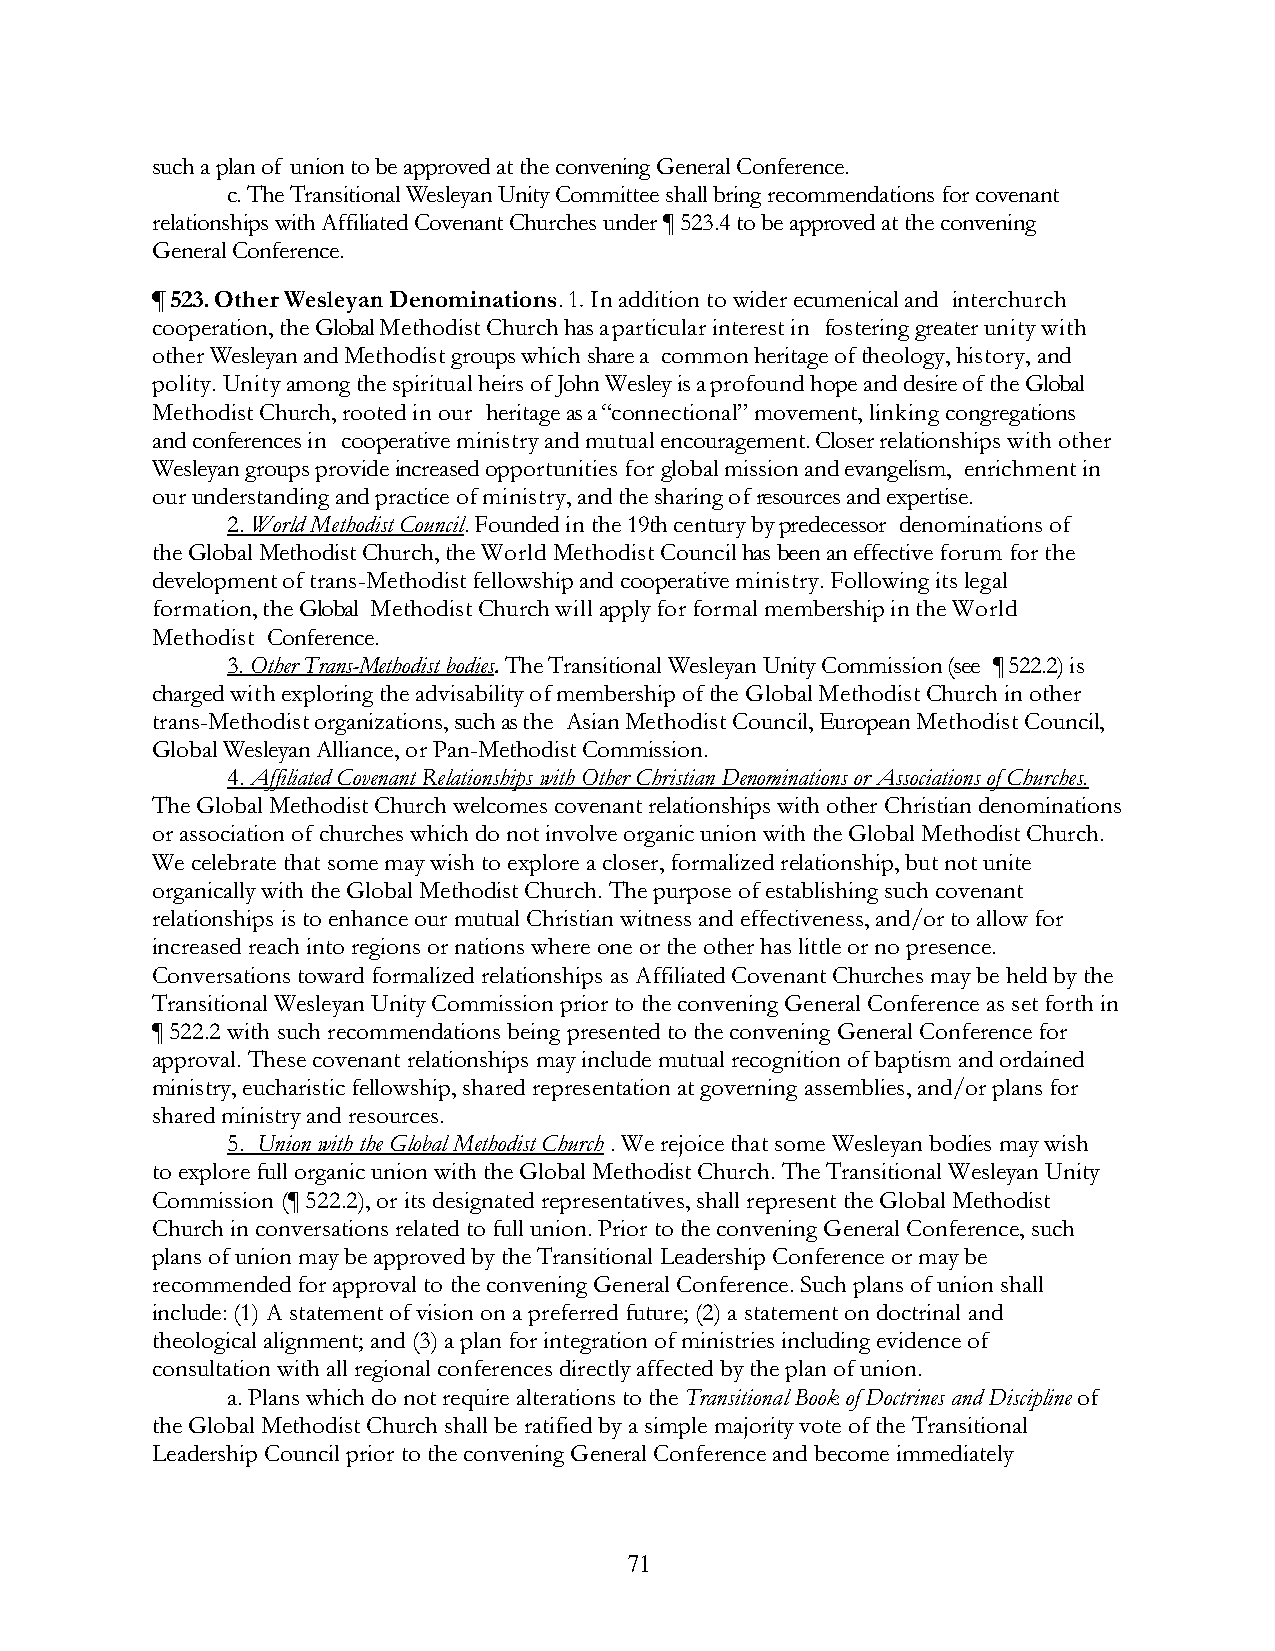
such a plan of union to be approved at the convening General Conference.
 c. The Transitional Wesleyan Unity Committee shall bring recommendations for covenant
 relationships with Affiliated Covenant Churches under ¶ 523.4 to be approved at the convening
 General Conference.
 ¶ 523. Other Wesleyan Denominations. 1. In addition to wider ecumenical and interchurch
 cooperation, the Global Methodist Church has a particular interest in fostering greater unity with
 other Wesleyan and Methodist groups which share a common heritage of theology, history, and
 polity. Unity among the spiritual heirs of John Wesley is a profound hope and desire of the Global
 Methodist Church, rooted in our heritage as a “connectional” movement, linking congregations
 and conferences in cooperative ministry and mutual encouragement. Closer relationships with other
 Wesleyan groups provide increased opportunities for global mission and evangelism, enrichment in
 our understanding and practice of ministry, and the sharing of resources and expertise.
 2. World Methodist Council. Founded in the 19th century by predecessor denominations of
 the Global Methodist Church, the World Methodist Council has been an effective forum for the
 development of trans-Methodist fellowship and cooperative ministry. Following its legal
 formation, the Global Methodist Church will apply for formal membership in the World
 Methodist Conference.
 3. Other Trans-Methodist bodies. The Transitional Wesleyan Unity Commission (see ¶ 522.2) is
 charged with exploring the advisability of membership of the Global Methodist Church in other
 trans-Methodist organizations, such as the Asian Methodist Council, European Methodist Council,
 Global Wesleyan Alliance, or Pan-Methodist Commission.
 4. Affiliated Covenant Relationships with Other Christian Denominations or Associations of Churches.
 The Global Methodist Church welcomes covenant relationships with other Christian denominations
 or association of churches which do not involve organic union with the Global Methodist Church.
 We celebrate that some may wish to explore a closer, formalized relationship, but not unite
 organically with the Global Methodist Church. The purpose of establishing such covenant
 relationships is to enhance our mutual Christian witness and effectiveness, and/or to allow for
 increased reach into regions or nations where one or the other has little or no presence.
 Conversations toward formalized relationships as Affiliated Covenant Churches may be held by the
 Transitional Wesleyan Unity Commission prior to the convening General Conference as set forth in
 ¶ 522.2 with such recommendations being presented to the convening General Conference for
 approval. These covenant relationships may include mutual recognition of baptism and ordained
 ministry, eucharistic fellowship, shared representation at governing assemblies, and/or plans for
 shared ministry and resources.
 5. Union with the Global Methodist Church . We rejoice that some Wesleyan bodies may wish
 to explore full organic union with the Global Methodist Church. The Transitional Wesleyan Unity
 Commission (¶ 522.2), or its designated representatives, shall represent the Global Methodist
 Church in conversations related to full union. Prior to the convening General Conference, such
 plans of union may be approved by the Transitional Leadership Conference or may be
 recommended for approval to the convening General Conference. Such plans of union shall
 include: (1) A statement of vision on a preferred future; (2) a statement on doctrinal and
 theological alignment; and (3) a plan for integration of ministries including evidence of
 consultation with all regional conferences directly affected by the plan of union.
 a. Plans which do not require alterations to the Transitional Book of Doctrines and Discipline of
 the Global Methodist Church shall be ratified by a simple majority vote of the Transitional
 Leadership Council prior to the convening General Conference and become immediately
 71